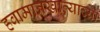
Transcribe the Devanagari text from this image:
हवामानखात्याच्या